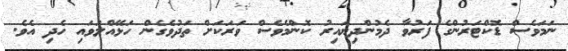
ނަމަވެސް ޑޮކްޓަރުންގެ ފަރުވާ ދެމުންދިޔައިރު ކޮންމެވެސް ވަރަކަށް ތަދުވެގެން ހަޅޭއްލަވައި ހެދި އެވެ.